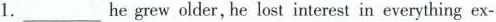
1.___he grew older, he lost interest in everything ex-